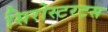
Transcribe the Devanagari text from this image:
सिरोस्टरटस